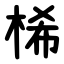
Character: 桸